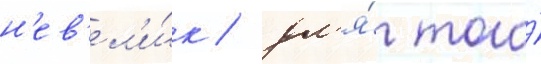
н'ев'ел'и́к / дл'я́ того́